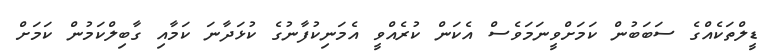
ޑީލްތަކެއްގެ ސަބަބުން ކަމަށްވީނަމަވެސް އެކަން ކުރެއްވީ އެމަނިކުފާނުގެ ކުޅަދާނަ ކަމާއި ގާބިލްކަމުން ކަމަށް